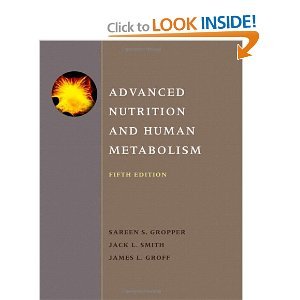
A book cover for Advanced Nutrition and Human Metabolism 5th (Fifth) Edition bySmith; Smith; Medical Books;